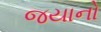
જયાનો